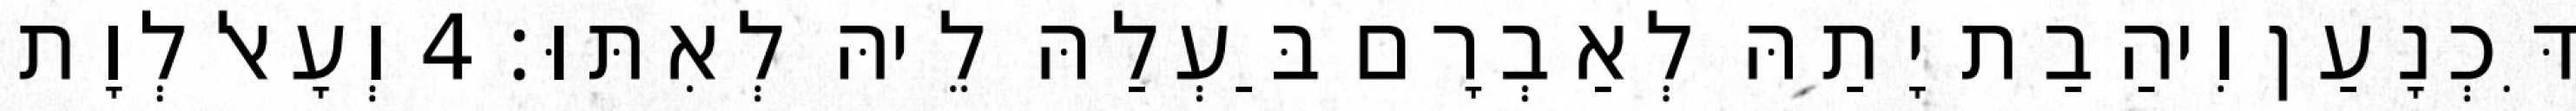
דִּכְנָעַן וִיהַבַת יָתַהּ לְאַבְרָם בַּעְלַהּ לֵיהּ לְאִתּוּ׃ 4 וְעָאל לְוָת